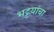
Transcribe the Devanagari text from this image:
भट्टय़ांचा